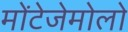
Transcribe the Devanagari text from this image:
मोंटेजेमोलो